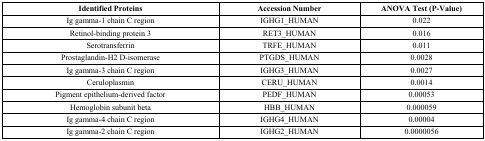
<table><thead><tr><td><b>Identified Proteins</b></td><td><b>Accession Number</b></td><td><b>ANOVA Test (P-Value)</b></td></tr></thead><tbody><tr><td>Ig gamma-1 chain C region</td><td>IGHG1_HUMAN</td><td>0.022</td></tr><tr><td>Retinol-binding protein 3</td><td>RET3_HUMAN</td><td>0.016</td></tr><tr><td>Serotransferrin</td><td>TRFE_HUMAN</td><td>0.011</td></tr><tr><td>Prostaglandin-H2 D-isomerase</td><td>PTGDS_HUMAN</td><td>0.0028</td></tr><tr><td>Ig gamma-3 chain C region</td><td>IGHG3_HUMAN</td><td>0.0027</td></tr><tr><td>Ceruloplasmin</td><td>CERU_HUMAN</td><td>0.0014</td></tr><tr><td>Pigment epithelium-derived factor</td><td>PEDF_HUMAN</td><td>0.00053</td></tr><tr><td>Hemoglobin subunit beta</td><td>HBB_HUMAN</td><td>0.000059</td></tr><tr><td>Ig gamma-4 chain C region</td><td>IGHG4_HUMAN</td><td>0.00004</td></tr><tr><td>Ig gamma-2 chain C region</td><td>IGHG2_HUMAN</td><td>0.0000056</td></tr></tbody></table>